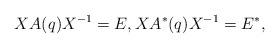
LaTeX: \begin{align*}XA(q)X^{-1}=E, XA^*(q)X^{-1}=E^*,\end{align*}